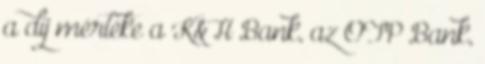
a díj mértéke a K&H Bank, az OTP Bank,